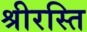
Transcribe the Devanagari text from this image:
श्रीरस्ति